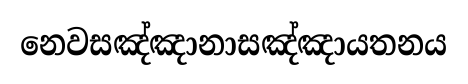
නෙවසඤ්ඤානාසඤ්ඤායතනය